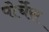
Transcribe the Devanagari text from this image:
पोर्चेस